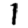
Digit: 1